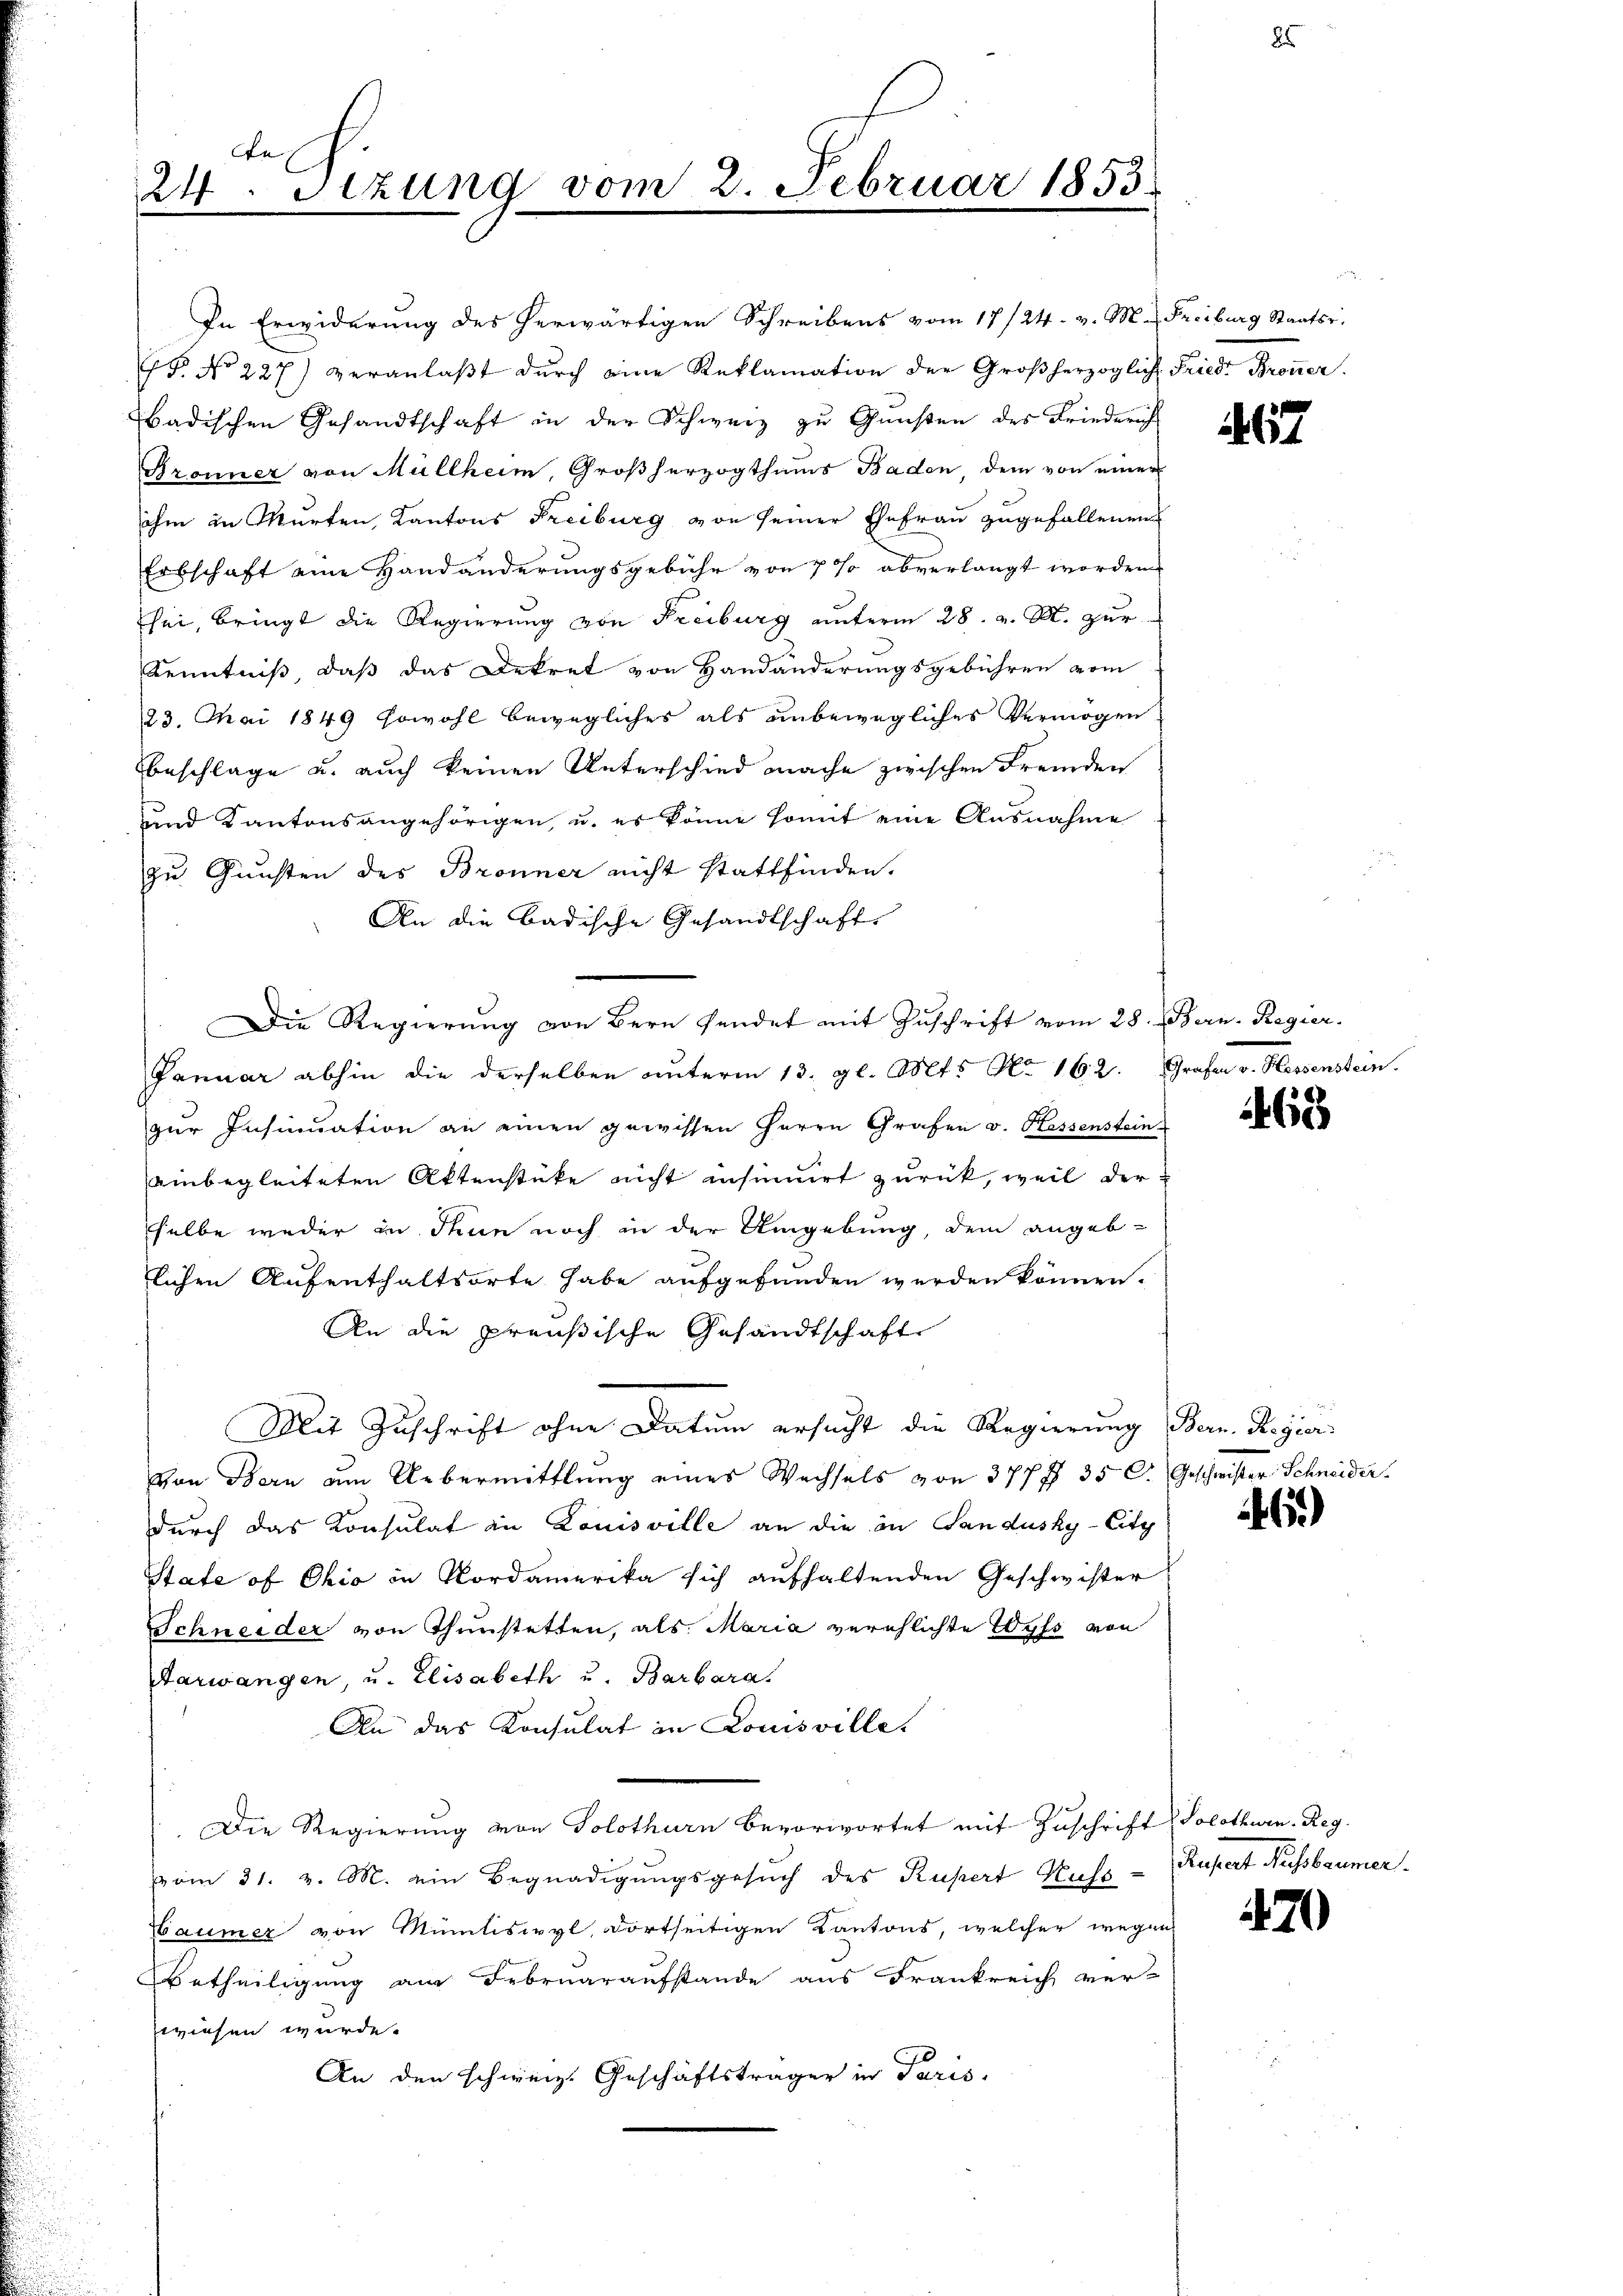
De
24. Sizung vom 2. Februar 1853.

In Erwiderung des herwärtigen Schreibens vom 17/24. v. M. Freiburg Staatsr
B. No 227) veranlaβt dŭrch eine Reklamation der Großherzoglich-Friede Broṅer
badischen Gesandtschaft in der Schweiz zu Gunsten des Friedericht
Pronner von Müllheim, Großherzogthums Baden, dem von einer
ihm in Murten, Kantons Freiburg von seiner Ehefrau zugefallenen
Erbschaft eine Handänderungsgebühr von 7 % abverlangt worden
sei, bringt die Regierung von Freiburg unterm 28. v. M. zur
Kenntniß, daß das Dekret von Handänderungsgebühren vom
23. Mai 1849 sowohl bewegliches als unbewegliches Vermögen
beschlage u. auch keinen Unterschied mache zwischen Fremden
uund Kantonsangehörigen, u. es könne somit eine Ausnahme
zu Gunsten des Bronner nicht stattfinden.
An die Badische Gesandtschaft.
Die Regierung von Bern sendet mit Zuschrift vom 28. Bern. Regier
Januar abhin die derselben unterm 13. gl. Mts. No 162. Grafen v. Hessenstein.
zur Insinuation an einen gewissen Herrn Grafen v. Hassenstein
einbegleiteten Aktenstüke nicht insinuirt zurück, weil derselbe weder in Thun noch in der Umgebung, dem angeblichen Aufenthaltsorte habe aufgefunden werden können.
An die preußische Gesandtschaft
Mit Zuschrift ohne Datum ersucht die Regierung Bern, Regier
Von Bern am Uebermittlung eines Wechsels von 377 f 35 C. Geschwister Schneider
durch das Konsulat in Louisville an die in Sandusky-City
State of Ohio in Nordamerika sich aufhaltenden Geschwister
Schneider von Thunstetten, als Maria verehlichte Wyss von
Aarwangen, u. Elisabeth und Barbara.
An das Konsulat in Louisville.
Die Regierung von Solothurn bevorwortet mit Zuschrift Solothurn. Reg.
vom 31. v. M. ein Begnadigungsgesŭch des Rupert Kuss
aumer von Müntiswyl, dortseitigen Kantons, welcher wegen
Betheiligung am Februaraufstande aus Frankreich ver-
wiesen wurde.
An den schweiz. Geschäftsträger in Paris,

67

1468

6)

Rupert Ruchsbaumer.

470